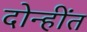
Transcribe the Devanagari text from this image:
दोन्हींत